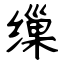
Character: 缫